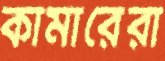
কামারেরা